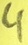
Text: 4